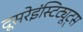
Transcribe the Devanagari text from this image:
दूसरेइंस्टिट्यूट्स